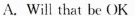
A.Will that be OK